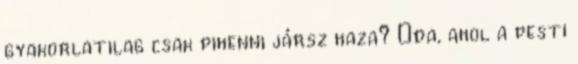
gyakorlatilag csak pihenni jársz haza? Oda, ahol a pesti